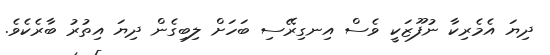
ދިޔަ އެމެރިކާ ނުފޫޒަކީ ވެސް އިނގިރޭސި ބަހަށް ލިބިގެން ދިޔަ އިތުރު ބާރެކެވެ.